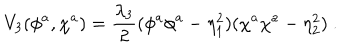
LaTeX: V _ { 3 } ( \phi ^ { a } , \chi ^ { a } ) = \frac { \lambda _ { 3 } } 2 ( \phi ^ { a } \phi ^ { a } - \eta _ { 1 } ^ { 2 } ) ( \chi ^ { a } \chi ^ { a } - \eta _ { 2 } ^ { 2 } ) \ .